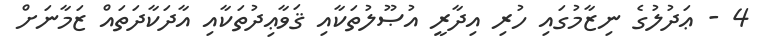
4 - ޢަދުލުގެ ނިޒާމުގައި ހުރި އިދާރީ އުޞޫލުތަކާއި ޤަވާޢިދުތަކާއި އާދަކާދަތައް ޒަމާނަށް